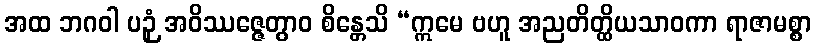
အထ ဘဂဝါ ပဉှံ အဝိဿဇ္ဇေတွာဝ စိန္တေသိ “ဣမေ ဗဟူ အညတိတ္ထိယသာဝကာ ရာဇာမစ္စာ